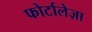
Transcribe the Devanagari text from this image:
फोर्टालेज़ा